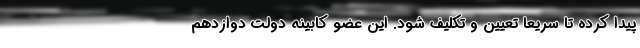
پیدا کرده تا سریعا تعیین و تکلیف شود. این عضو کابینه دولت دوازدهم